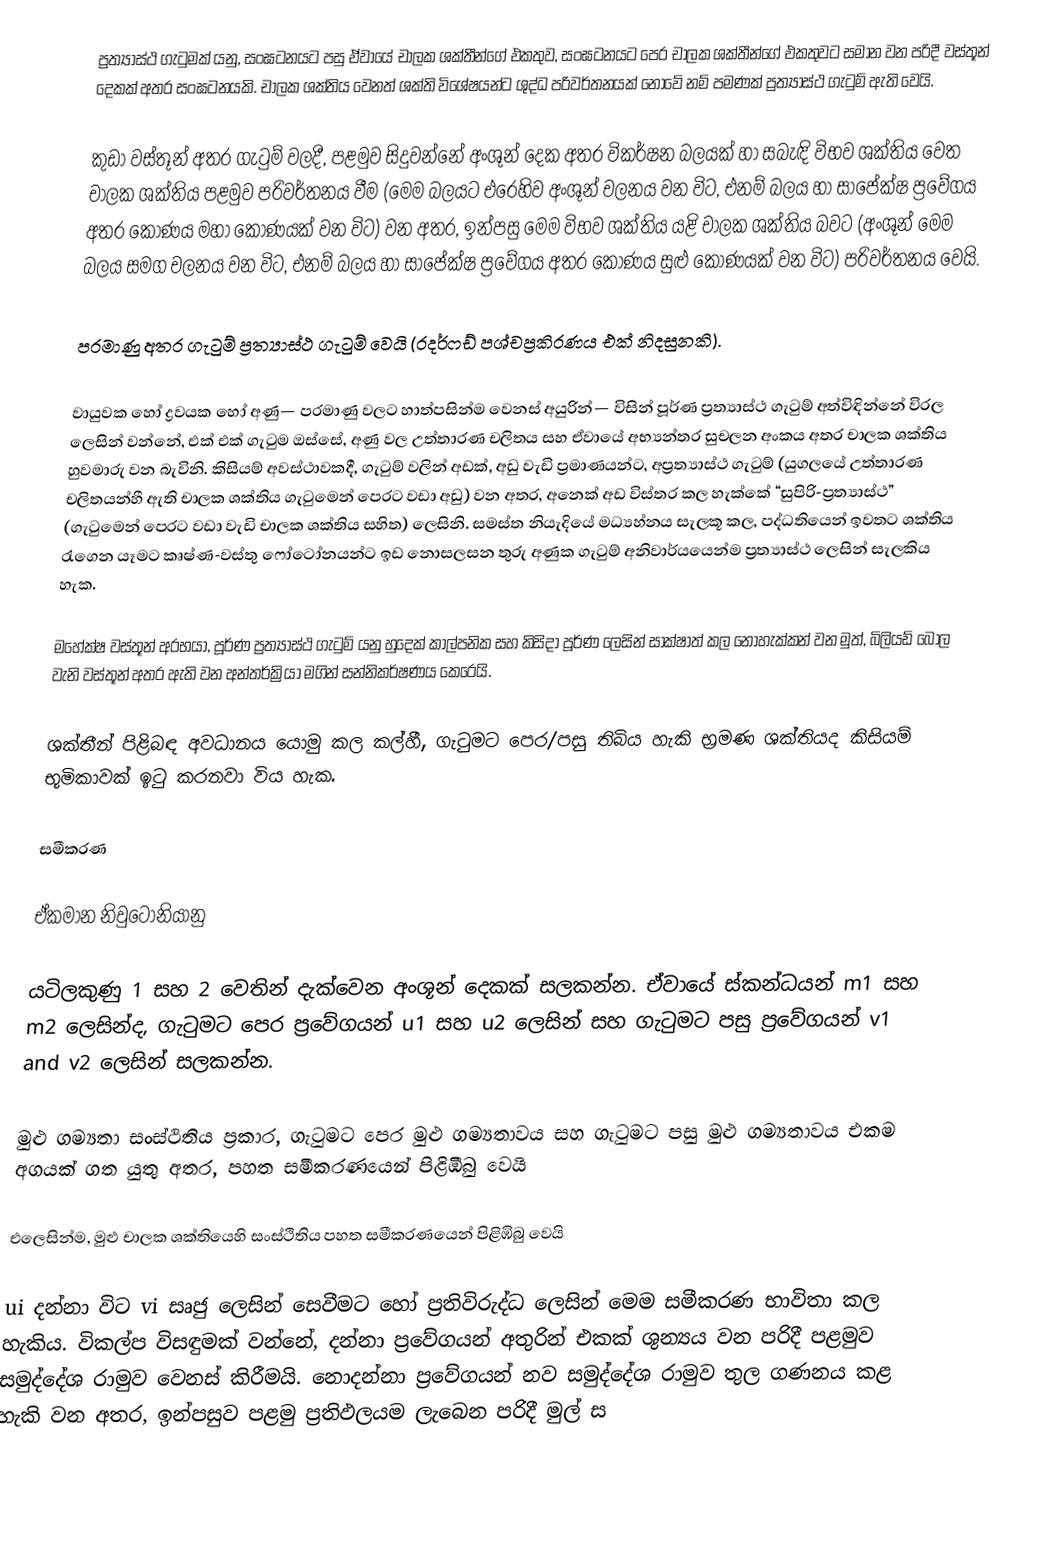
ප්‍රත්‍යාස්ථ ගැටුමක් යනු, සංඝටනයට පසු ඒවායේ චාලක ශක්තීන්ගේ එකතුව,  සංඝටනයට පෙර චාලක ශක්තීන්ගේ එකතුවට සමාන වන පරිදී වස්තූන් දෙකක් අතර සංඝටනයකි. චාලක ශක්තිය වෙනත් ශක්ති විශේෂයන්ට ශුද්ධ පරිවර්තනයක් නොවේ නම් පමණක් ප්‍රත්‍යාස්ථ ගැටුම් ඇති වෙයි.

කුඩා වස්තූන් අතර ගැටුම් වලදී, පළමුව සිදුවන්නේ  අංශූන් දෙක අතර විකර්ෂන බලයක් හා සබැඳි විභව ශක්තිය වෙත චාලක ශක්තිය පළමුව පරිවර්තනය වීම (මෙම බලයට එරෙහිව අංශූන් චලනය වන විට, එනම් බලය හා සාපේක්ෂ ප්‍රවේගය අතර කෝණය මහා කෝණයක් වන විට) වන අතර, ඉන්පසු මෙම විභව ශක්තිය යළි චාලක ශක්තිය බවට  (අංශූන් මෙම බලය සමග චලනය වන විට, එනම් බලය හා සාපේක්ෂ ප්‍රවේගය අතර කෝණය සුළු කෝණයක් වන විට) පරිවර්තනය වෙයි.

පරමාණු අතර ගැටුම් ප්‍රත්‍යාස්ථ ගැටුම් වෙයි (රදර්ෆඩ් පශ්චප්‍රකිරණය එක් නිදසුනකි).

වායුවක හෝ  ද්‍රවයක හෝ අණු— පරමාණු වලට හාත්පසින්ම වෙනස් අයුරින්— විසින් පූර්ණ ප්‍රත්‍යාස්ථ ගැටුම් අත්විඳින්නේ විරල ලෙසින් වන්නේ,   එක් එක් ගැටුම ඔස්සේ, අණු වල උත්තාරණ චලිතය සහ ඒවායේ අභ්‍යන්තර  සුචලන අංකය අතර චාලක  ශක්තිය හුවමාරු වන බැවිනි. කිසියම් අවස්ථාවකදී, ගැටුම් වලින් අඩක්, අඩු වැඩි ප්‍රමාණයන්ට, අප්‍රත්‍යාස්ථ ගැටුම් (යුගලයේ උත්තාරණ චලිතයන්හී ඇති  චාලක ශක්තිය ගැටුමෙන් පෙරට වඩා අඩු) වන අතර, අනෙක් අඩ විස්තර කල හැක්කේ “සුපිරි-ප්‍රත්‍යාස්ථ” (ගැටුමෙන් පෙරට වඩා වැඩි චාලක ශක්තිය සහිත) ලෙසිනි. සමස්ත නියැදියේ මධ්‍යහ්නය සැලකූ කල, පද්ධතියෙන් ඉවතට ශක්තිය රැගෙන යෑමට කෘෂ්ණ-වස්තු  ෆෝටෝනයන්ට ඉඩ නොසලසන තුරු අණුක ගැටුම් අනිවාර්යයෙන්ම ප්‍රත්‍යාස්ථ ලෙසින් සැලකිය හැක.

මහේක්ෂ වස්තූන් අරභයා, පූර්ණ ප්‍රත්‍යාස්ථ ගැටුම් යනු හුදෙක් කාල්පනික සහ කිසිදා පූර්ණ ලෙසින් සාක්ෂාත් කල නොහැක්කන් වන මුත්, බිලියඩ් බෝල වැනි වස්තූන් අතර ඇති වන අන්තර්ක්‍රියා මගින් සන්නිකර්ෂණය කෙරෙයි.

ශක්තීන් පිළිබඳ අවධානය යොමු කල කල්හී, ගැටුමට පෙර/පසු තිබිය හැකි භ්‍රමණ ශක්තියද කිසියම් භූමිකාවක් ඉටු කරනවා විය හැක.

සමීකරණ

ඒකමාන නිවුටෝනියානු

යටිලකුණු 1 සහ 2 වෙතින් දැක්වෙන අංශූන් දෙකක් සලකන්න. ඒවායේ ස්කන්ධයන්  m1 සහ m2 ලෙසින්ද, ගැටුමට පෙර ප්‍රවේගයන් u1 සහ u2 ලෙසින් සහ ගැටුමට පසු ප්‍රවේගයන්  v1 and v2 ලෙසින් සලකන්න.

මුළු ගම්‍යතා සංස්ථිතිය ප්‍රකාර, ගැටුමට පෙර මුළු ගම්‍යතාවය සහ ගැටුමට පසු මුළු ගම්‍යතාවය එකම අගයක් ගත යුතු අතර, පහත සමීකරණයෙන් පිළිඹිබු වෙයි

එලෙසින්ම, මුළු චාලක ශක්තියෙහි සංස්ථිතිය පහත සමීකරණයෙන් පිළිඹිබු වෙයි

ui දන්නා විට  vi සෘජු ලෙසින් සෙවීමට හෝ ප්‍රතිවිරුද්ධ ලෙසින් මෙම සමීකරණ භාවිතා කල හැකිය. විකල්ප විසඳුමක් වන්නේ, දන්නා ප්‍රවේගයන් අතුරින් එකක් ශුන්‍යය වන පරිදී පළමුව සමුද්දේශ රාමුව වෙනස් කිරීමයි. නොදන්නා ප්‍රවේගයන් නව සමුද්දේශ රාමුව තුල ගණනය කළ හැකි වන අතර,  ඉන්පසුව  පළමු ප්‍රතිඵලයම ලැබෙන පරිදී මුල් ස